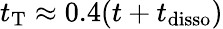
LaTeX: t_{\mathrm{T}}\approx 0.4(t+t_{\mathrm{disso}})